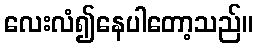
လေးလံ၍နေပါတော့သည်။